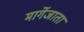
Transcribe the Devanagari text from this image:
मार्गेजाता